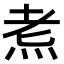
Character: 𪸦